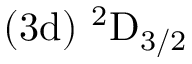
\mathrm { ( 3 d ) ~ ^ { 2 } D _ { 3 / 2 } }